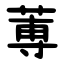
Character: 蒪